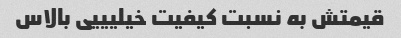
قیمتش به نسبت کیفیت خیلیییی بالاس